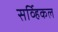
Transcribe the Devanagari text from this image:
सर्व्हिकल